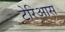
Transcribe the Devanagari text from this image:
टेरिआस